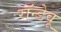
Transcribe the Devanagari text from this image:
रॉन्डेवू